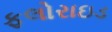
ફલોરાઇડ